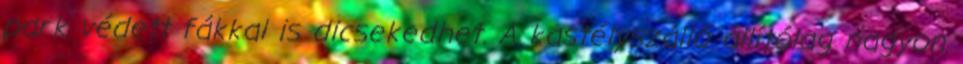
park védett fákkal is dicsekedhet. A kastélyszálló állítólag nagyon